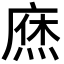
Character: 𢊒